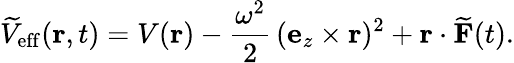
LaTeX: \widetilde{V}_{\mathrm{eff}}(\mathbf{r},t)=V(\mathbf{r})-\frac{\omega^{2}}{2}\, (\mathbf{e}_{z}\times\mathbf{r})^{2}+\mathbf{r}\cdot\widetilde{\mathbf{F}}(t).